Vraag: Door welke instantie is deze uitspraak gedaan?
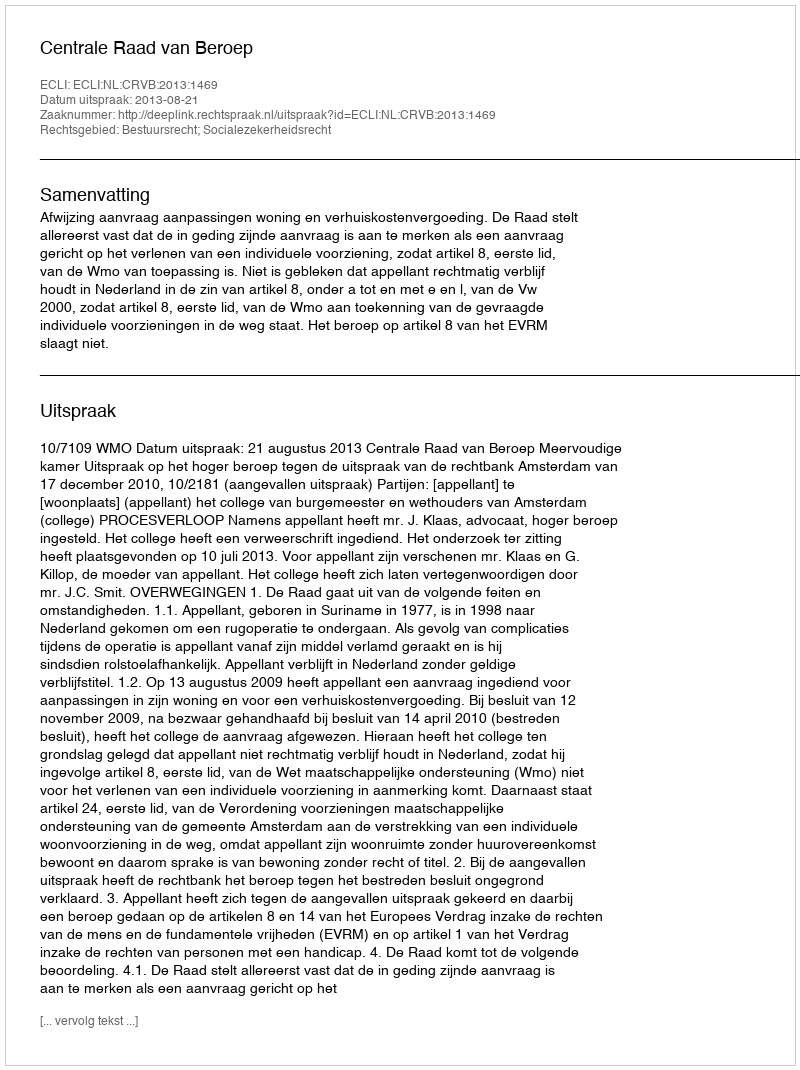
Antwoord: Centrale Raad van Beroep